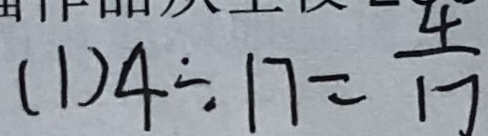
( 1 ) 4 \div 1 7 = \frac { 4 } { 1 7 }